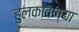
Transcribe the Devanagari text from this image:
हुलकावण्या